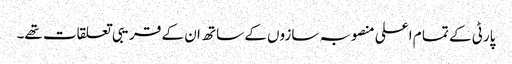
پارٹی کے تما م اعلی منصوبہ سازوں کے ساتھ ان کے قریبی تعلقات تھے۔